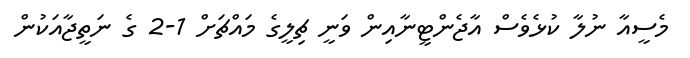
މެސީއާ ނުލާ ކުޅެވެސް އާޖެންޓީނާއިން ވަނީ ޗިލީގެ މައްޗަށް 1-2 ގެ ނަތީޖާއަކުން